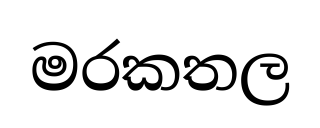
මරකතල